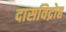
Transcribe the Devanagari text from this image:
दासविद्रोह